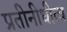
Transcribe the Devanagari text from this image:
प्रतीनीधीत्व